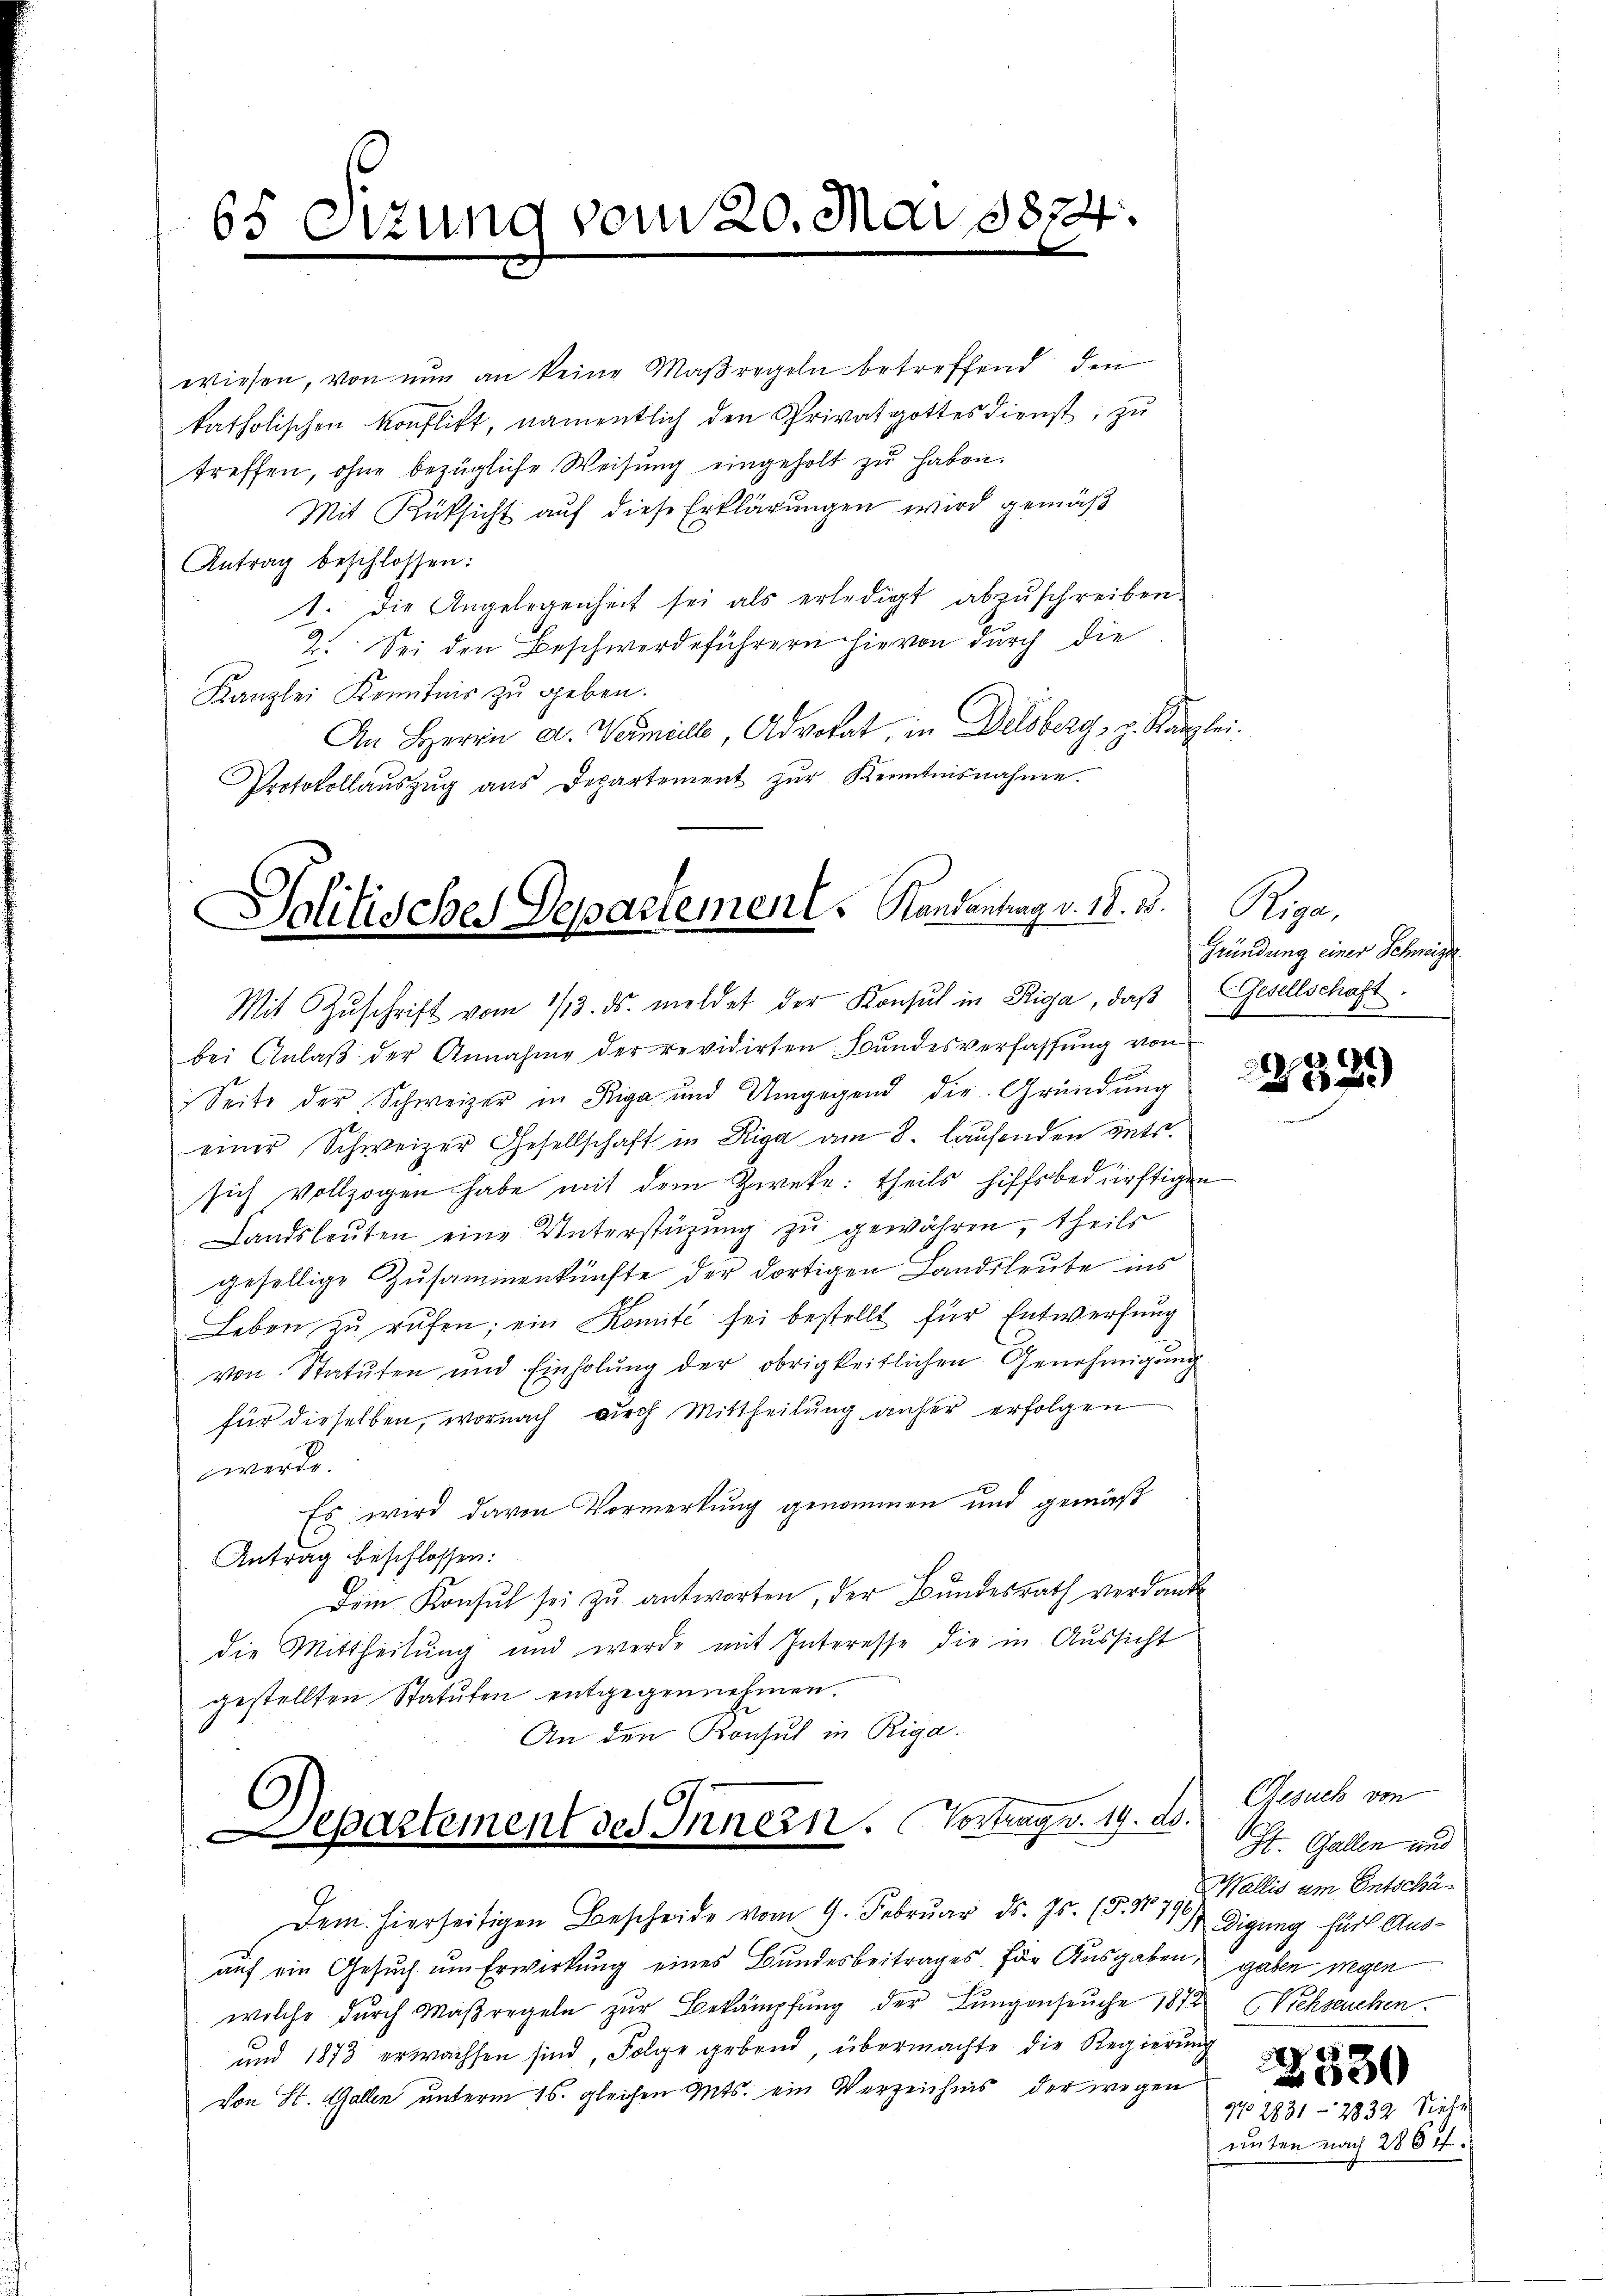
65 Outung vom 20. Mai 1874.

wiesen, von nun an keine Maßregeln betreffend den
katholischen Konflikt, namentlich den Privatgottesdienst, zu
treffen, ohne bezügliche Weisung eingeholt zŭ haben.
Mit Rüksicht auf diese Erklärungen wird gemäß
Antrag beschlossen:
1. Die Angelegenheit sei als erledigt abzuschreiben.
2. Sei den Beschwerdeführern hievon durch die
Kanzlei Kenntnis zu geben.
An Herrn A. Wermelle, Advokat, in Delsberg, z. Kanzlei.
Protokollauszug aus Departement zur Kenntnisnahme.

Solitisches Departement. Kandantrag v. 18. 13.

Mit Zŭschrift vom 1/3. ds. meldet der Konsul in Riga, daß Gesellschaft.
bei Anlaβ der Annahme der revidirten Bundesverfassung von
Seite der Schweizer in Riga und Umgegend die Gründŭng
einer Schweizer Gesellschaft in Riga am 8. laufenden guts.
sich vollzogen habe mit dem Zweke: theils hiffsbedürftigen
Landsleuten eine Unterstützung zu gewähren, theils
gesellige Zusammenkünfte der dortigen Landsleute ins
Leben zu rufen; ein Komité sei bestellt für Entwerfung
von Statuten und Einholŭng der obrigkeitlichen Genehmigŭng
für dieselben, wornach durch Mittheilung anher erfolgen
werde.
Es wird davon Vormerkung genommen und gemäß
Antrag beschlossen:
Dem Konsŭl sei zŭ antworten, der Bŭndesrath verdank
die Mittheilung und werde mit Interesse die in Aussicht
gestellten Statuten entgegennehmen.
An den Konsul in Riga.
Departement des Innern. Vortrage. 19. ds.
Dem hierseitigen Bescheide vom 9. Febrŭar d. Js. (§. 170 f. Wallis um Entschäauf ein Gesuch um Erwirkung eines Bundesbeitrages für Ausgaben, gaben wegen
welche durch Maßregeln zur Bekämpfung der Lungenseuche 1872 Viehseuchen.
und 1873 erwachsen sind, Folge gebend, übermachte die Regierung
Von St. Gallen unterm 16. gleichen Guts. ein Verzeichnis der wegen

Repar
Gründung einer Schweize
4

232.)

Gesuch von
St. Gallen und
digung für Aus¬
No 2831 - 2832. Siebe
unten nach 2864.